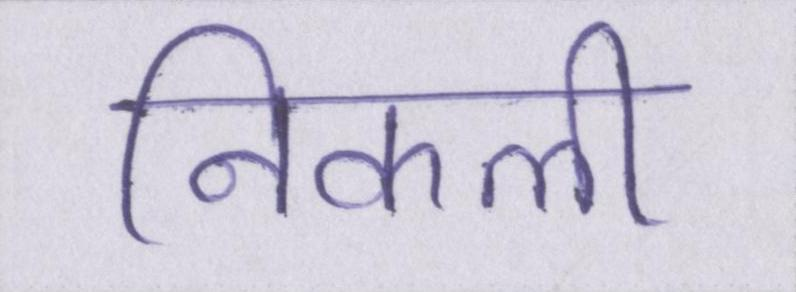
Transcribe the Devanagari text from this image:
निकली